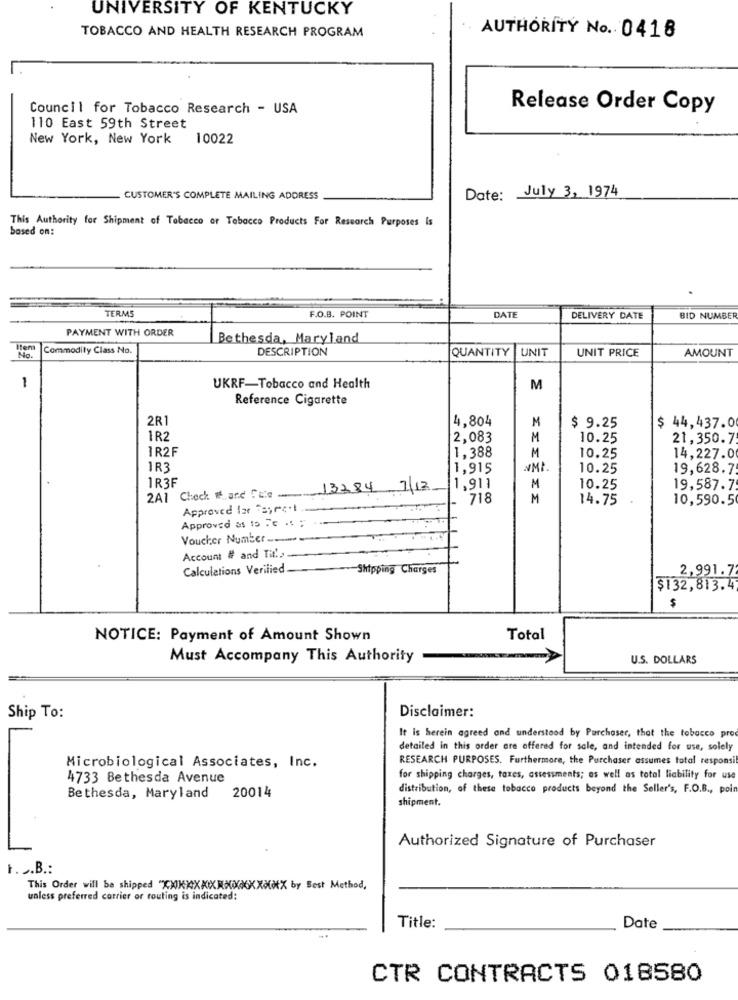
UNIVERSITY OF KENTUCKY
TOBACCO AND HEALTH RESEARCH PROGRAM
AUTHORÍTÝ No. 0418
Council for Tobacco Research - USA
Release Order Copy
110 East 59th Street
New York, New York
10022
Date: July 3, 1974
CUSTOMER'S COMPLETE MAILING ADDRESS
This Authority for Shipment of Tobacco or Tobacco Products For Research Purposes Is
based on:
TERMS
F.O.B. POINT
DATE
DELIVERY DATE
BID NUMBER
PAYMENT WITH ORDER
Bethesda, Maryland
Item
No.
Commodity Class No.
DESCRIPTION
QUANTITY
UNIT
UNIT PRICE
AMOUNT
1
UKRF-Tobacco and Health
M
Reference Cigarette
2R1
4,804
M
$ 9.25
$ 44,437.0
1R2
2,083
M
10.25
21,350.7
1R2F
M
1,388
10.25
14,227.0
IR3
1,915
NMI.
10.25
19,628.7
1R3F
13284 7/12
1,911
M
10.25
19,587.7
2A1 Check It and fete -......
718
M
14.75
10,590.5
Approved lar e;rc't
Approved as to Te .. ;
Voucher Number
Account # and Til ..
Calculations Verified
Shipping Charges
2,991.7
$132,813.4
$
NOTICE: Payment of Amount Shown
Total
Must Accompany This Authority
U.S. DOLLARS
Disclaimer:
Ship To:
It is herein agreed and understood by Purchaser, that the tobacco prod
detailed in this order are offered for sale, and intended for use, solely
RESEARCH PURPOSES. Furthermore, the Purchaser assumes total responsi
Microbiological Associates, Inc.
4733 Bethesda Avenue
for shipping charges, taxes, assessments; as well as total liability for use
distribution, of these tobacco products beyond the Seller's, F.O.B ., poin
Bethesda, Maryland
20014
shipment.
Authorized Signature of Purchaser
F. .. B .:
This Order will be shipped "XXXXXXXXXXXXXXXXMX by Best Method,
unless preferred carrier or routing is indicated:
Title:
Date
CTR CONTRACTS 018580